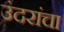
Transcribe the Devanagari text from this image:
उंदरांचा